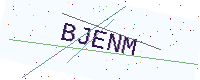
Text: BJENM